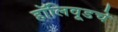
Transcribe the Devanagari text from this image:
हॉलिवूडचे